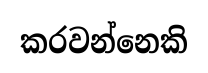
කරවන්නෙකි